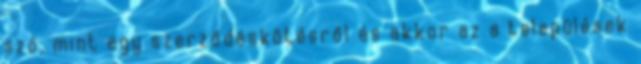
szó, mint egy szerződéskötésről és akkor az a települések